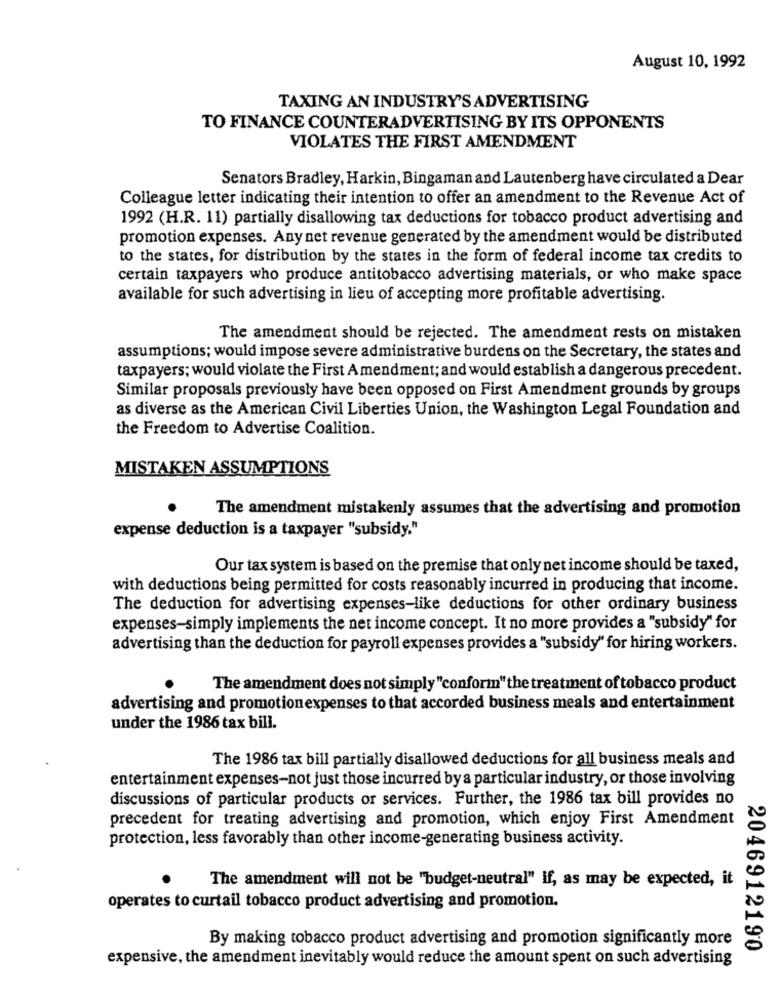
August 10, 1992
TAXING AN INDUSTRY'S ADVERTISING
TO FINANCE COUNTERADVERTISING BY ITS OPPONENTS
VIOLATES THE FIRST AMENDMENT
Senators Bradley, Harkin, Bingaman and Lautenberg have circulated a Dear
Colleague letter indicating their intention to offer an amendment to the Revenue Act of
1992 (H.R. 11) partially disallowing tax deductions for tobacco product advertising and
promotion expenses. Any net revenue generated by the amendment would be distributed
to the states, for distribution by the states in the form of federal income tax credits to
certain taxpayers who produce antitobacco advertising materials, or who make space
available for such advertising in lieu of accepting more profitable advertising.
The amendment should be rejected. The amendment rests on mistaken
assumptions; would impose severe administrative burdens on the Secretary, the states and
taxpayers; would violate the First Amendment; and would establish a dangerous precedent.
Similar proposals previously have been opposed on First Amendment grounds by groups
as diverse as the American Civil Liberties Union, the Washington Legal Foundation and
the Freedom to Advertise Coalition.
MISTAKEN ASSUMPTIONS
The amendment mistakenly assumes that the advertising and promotion
expense deduction is a taxpayer "subsidy."
Our tax system is based on the premise that only net income should be taxed,
with deductions being permitted for costs reasonably incurred in producing that income.
The deduction for advertising expenses-like deductions for other ordinary business
expenses-simply implements the net income concept. It no more provides a "subsidy" for
advertising than the deduction for payroll expenses provides a "subsidy" for hiring workers.
The amendment does not simply "conform" the treatment of tobacco product
advertising and promotionexpenses to that accorded business meals and entertainment
under the 1986 tax bill.
The 1986 tax bill partially disallowed deductions for all business meals and
entertainment expenses-not just those incurred by a particular industry, or those involving
discussions of particular products or services. Further, the 1986 tax bill provides no
precedent for treating advertising and promotion, which enjoy First Amendment
protection, less favorably than other income-generating business activity.
The amendment will not be "budget-neutral" if, as may be expected, it
operates to curtail tobacco product advertising and promotion.
By making tobacco product advertising and promotion significantly more
2046912190
expensive, the amendment inevitably would reduce the amount spent on such advertising